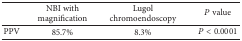
<table><thead><tr><td><b> </b></td><td><b>NBI with magnification</b></td><td><b>Lugol chromoendoscopy</b></td><td><b><i>P</i> value</b></td></tr></thead><tbody><tr><td>PPV</td><td>85.7%</td><td>8.3%</td><td><i>P</i> &lt; 0.0001</td></tr></tbody></table>